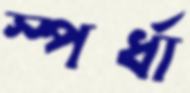
স্পর্ধা